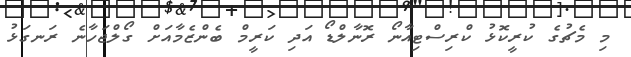
މި މެޗުގެ ކުރީކޮޅު ކްރިސްޓިއާނޯ ރޮނާލްޑޯ އަދި ކަރީމް ބެންޒެމާއަށް ގޯލްޖަހާނެ ރަނގަޅު